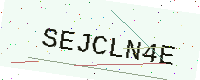
Text: SEJCLN4E